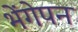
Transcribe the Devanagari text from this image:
भेंगेपन